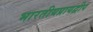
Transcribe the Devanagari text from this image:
भारतीयप्रायद्वीप